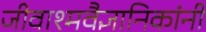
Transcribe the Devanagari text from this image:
जीवाश्मवैज्ञानिकांनी